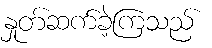
နှုတ်ဆက်ခဲ့ကြသည်